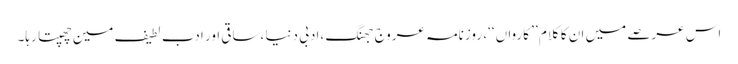
اس عرصے میں ان کا کلام ’’ کارواں ‘‘، روزنامہ عروج جھنگ ،ادبی دنیا ،ساقی اور ادب لطیف مین چھپتا رہا۔